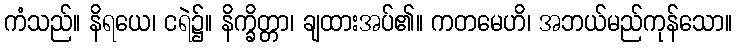
ကံသည်။ နိရယေ၊ ငရဲ၌။ နိက္ခိတ္တာ၊ ချထားအပ်၏။ ကတမေဟိ၊ အဘယ်မည်ကုန်သော။